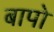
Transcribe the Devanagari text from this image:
बापो